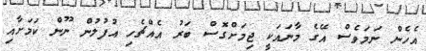
އެހެން ނަމަވެސް އޭގެ މާނައަކީ ޖިމަށްގޮސް ބަރު އެއްޗެހި އުފުލުން ނޫން ކަމަށާއި